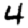
Digit: 4